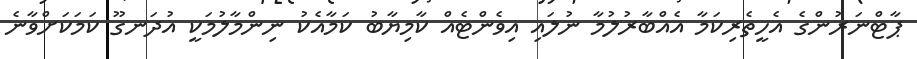
ޕާޓްނަރުންގެ އެހީތެރިކަމާ އެއްބާރުލުމާ ނުލައި އިވެންޓެއް ކާމިޔާބު ކަމާއެކު ނިންމާލުމަކީ އުދަނގޫ ކަމަކަށްވާނެ